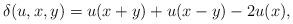
LaTeX: \begin{align*}\delta(u, x, y) = u(x+y)+u(x-y)-2u(x),\end{align*}